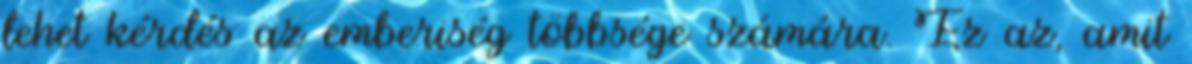
lehet kérdés az emberiség többsége számára. Ez az, amit